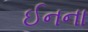
ઈનના